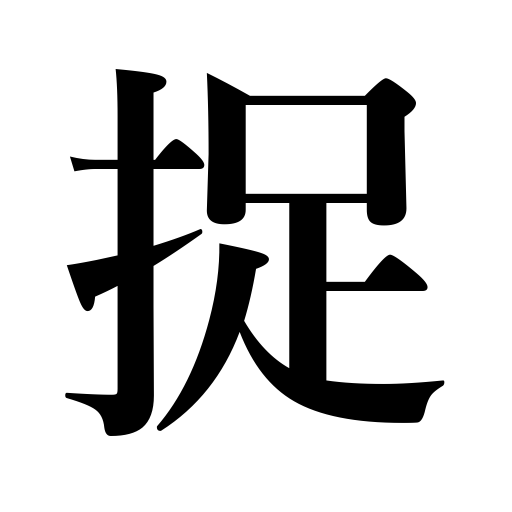
Meanings: catch,arrest,capture